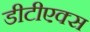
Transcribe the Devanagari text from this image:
डीटीएक्स